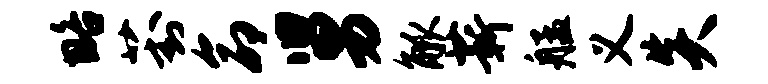
略葑命舅觚薪艋义炎